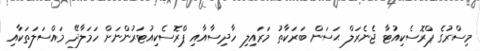
މިސްރުގެ ޕްރޮސެކިއުޓާ ޖެނެރަލް ޙަސަން ބަރަކާތު މަރައިލި ހާދިސާއާއި ޕްރޮސެކިއުޓަރުންނަށް ހަމަލާދޭ މައްސަލަތަކާއި